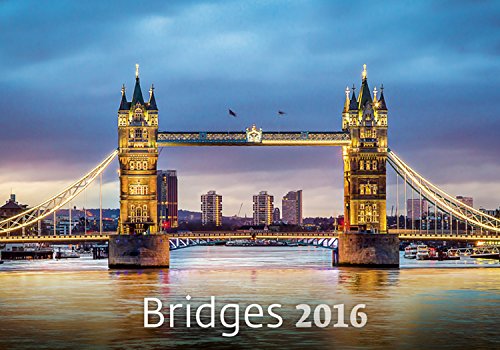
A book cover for Bridges Wall Calendar 2016 - Architecture Calendar - Poster Calendar - Photography Calendar By Helma; MegaCalendars; Calendars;